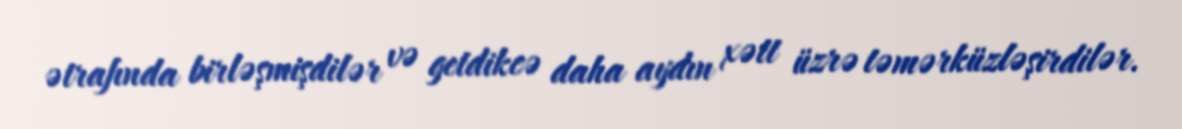
ətrafında birləşmişdilər və getdikcə daha aydın xətt üzrə təmərküzləşirdilər.